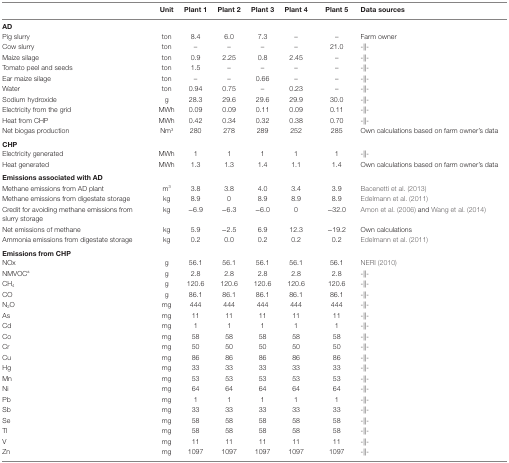
<table><thead><tr><td></td><td><b>Unit</b></td><td><b>Plant 1</b></td><td><b>Plant 2</b></td><td><b>Plant 3</b></td><td><b>Plant 4</b></td><td><b>Plant 5</b></td><td><b>Data sources</b></td></tr></thead><tbody><tr><td colspan="8"><b>AD</b></td></tr><tr><td>Pig slurry</td><td>ton</td><td>8.4</td><td>6.0</td><td>7.3</td><td>–</td><td>–</td><td>Farm owner</td></tr><tr><td>Cow slurry</td><td>ton</td><td>–</td><td>–</td><td>–</td><td>–</td><td>21.0</td><td>-||-</td></tr><tr><td>Maize silage</td><td>ton</td><td>0.9</td><td>2.25</td><td>0.8</td><td>2.45</td><td>–</td><td>-||-</td></tr><tr><td>Tomato peel and seeds</td><td>ton</td><td>1.5</td><td>–</td><td>–</td><td>–</td><td>–</td><td>-||-</td></tr><tr><td>Ear maize silage</td><td>ton</td><td>–</td><td>–</td><td>0.66</td><td>–</td><td>–</td><td>-||-</td></tr><tr><td>Water</td><td>ton</td><td>0.94</td><td>0.75</td><td>–</td><td>0.23</td><td>–</td><td>-||-</td></tr><tr><td>Sodium hydroxide</td><td>g</td><td>28.3</td><td>29.6</td><td>29.6</td><td>29.9</td><td>30.0</td><td>-||-</td></tr><tr><td>Electricity from the grid</td><td>MWh</td><td>0.09</td><td>0.09</td><td>0.11</td><td>0.09</td><td>0.11</td><td>-||-</td></tr><tr><td>Heat from CHP</td><td>MWh</td><td>0.42</td><td>0.34</td><td>0.32</td><td>0.38</td><td>0.70</td><td>-||-</td></tr><tr><td>Net biogas production</td><td>Nm<sup>3</sup></td><td>280</td><td>278</td><td>289</td><td>252</td><td>285</td><td>Own calculations based on farm owner’s data</td></tr><tr><td colspan="8"><b>CHP</b></td></tr><tr><td>Electricity generated</td><td>MWh</td><td>1</td><td>1</td><td>1</td><td>1</td><td>1</td><td>-||-</td></tr><tr><td>Heat generated</td><td>MWh</td><td>1.3</td><td>1.3</td><td>1.4</td><td>1.1</td><td>1.4</td><td>Own calculations based on farm owner’s data</td></tr><tr><td colspan="8"><b>Emissions associated with AD</b></td></tr><tr><td>Methane emissions from AD plant</td><td>m<sup>3</sup></td><td>3.8</td><td>3.8</td><td>4.0</td><td>3.4</td><td>3.9</td><td>Bacenetti et al. (2013)</td></tr><tr><td>Methane emissions from digestate storage</td><td>kg</td><td>8.9</td><td>0</td><td>8.9</td><td>8.9</td><td>8.9</td><td>Edelmann et al. (2011)</td></tr><tr><td>Credit for avoiding methane emissions from slurry storage</td><td>kg</td><td>−6.9</td><td>−6.3</td><td>−6.0</td><td>0</td><td>−32.0</td><td>Amon et al. (2006) and Wang et al. (2014)</td></tr><tr><td>Net emissions of methane</td><td>kg</td><td>5.9</td><td>−2.5</td><td>6.9</td><td>12.3</td><td>−19.2</td><td>Own calculations</td></tr><tr><td>Ammonia emissions from digestate storage</td><td>kg</td><td>0.2</td><td>0.0</td><td>0.2</td><td>0.2</td><td>0.2</td><td>Edelmann et al. (2011)</td></tr><tr><td colspan="8"><b>Emissions from CHP</b></td></tr><tr><td>NOx</td><td>g</td><td>56.1</td><td>56.1</td><td>56.1</td><td>56.1</td><td>56.1</td><td>NERI (2010)</td></tr><tr><td>NMVOC<sup>a</sup></td><td>g</td><td>2.8</td><td>2.8</td><td>2.8</td><td>2.8</td><td>2.8</td><td>-||-</td></tr><tr><td>CH<sub>4</sub></td><td>g</td><td>120.6</td><td>120.6</td><td>120.6</td><td>120.6</td><td>120.6</td><td>-||-</td></tr><tr><td>CO</td><td>g</td><td>86.1</td><td>86.1</td><td>86.1</td><td>86.1</td><td>86.1</td><td>-||-</td></tr><tr><td>N<sub>2</sub>O</td><td>mg</td><td>444</td><td>444</td><td>444</td><td>444</td><td>444</td><td>-||-</td></tr><tr><td>As</td><td>mg</td><td>11</td><td>11</td><td>11</td><td>11</td><td>11</td><td>-||-</td></tr><tr><td>Cd</td><td>mg</td><td>1</td><td>1</td><td>1</td><td>1</td><td>1</td><td>-||-</td></tr><tr><td>Co</td><td>mg</td><td>58</td><td>58</td><td>58</td><td>58</td><td>58</td><td>-||-</td></tr><tr><td>Cr</td><td>mg</td><td>50</td><td>50</td><td>50</td><td>50</td><td>50</td><td>-||-</td></tr><tr><td>Cu</td><td>mg</td><td>86</td><td>86</td><td>86</td><td>86</td><td>86</td><td>-||-</td></tr><tr><td>Hg</td><td>mg</td><td>33</td><td>33</td><td>33</td><td>33</td><td>33</td><td>-||-</td></tr><tr><td>Mn</td><td>mg</td><td>53</td><td>53</td><td>53</td><td>53</td><td>53</td><td>-||-</td></tr><tr><td>Ni</td><td>mg</td><td>64</td><td>64</td><td>64</td><td>64</td><td>64</td><td>-||-</td></tr><tr><td>Pb</td><td>mg</td><td>1</td><td>1</td><td>1</td><td>1</td><td>1</td><td>-||-</td></tr><tr><td>Sb</td><td>mg</td><td>33</td><td>33</td><td>33</td><td>33</td><td>33</td><td>-||-</td></tr><tr><td>Se</td><td>mg</td><td>58</td><td>58</td><td>58</td><td>58</td><td>58</td><td>-||-</td></tr><tr><td>Tl</td><td>mg</td><td>58</td><td>58</td><td>58</td><td>58</td><td>58</td><td>-||-</td></tr><tr><td>V</td><td>mg</td><td>11</td><td>11</td><td>11</td><td>11</td><td>11</td><td>-||-</td></tr><tr><td>Zn</td><td>mg</td><td>1097</td><td>1097</td><td>1097</td><td>1097</td><td>1097</td><td>-||-</td></tr></tbody></table>